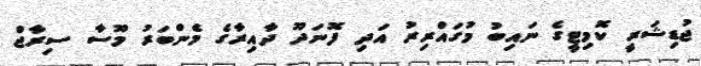
ޖުޑިޝަރީ ކޮމިޓީގެ ނައިބު މުގައްރިރު އަދި ފޮނަދޫ ދާއިރާގެ މެންބަރު މޫސާ ސިރާޖް